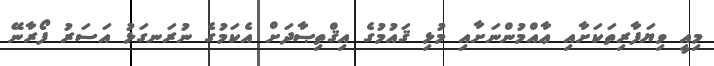
މިއީ ވިޔަފާރިތަކަށާއި ޢާއްމުންނަށާއި މުޅި ޤައުމުގެ އިޤްތިޞާދަށް އެކަމުގެ ނުރަނގަޅު އަސަރު ފޯރާނޭ